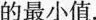
的最小值。